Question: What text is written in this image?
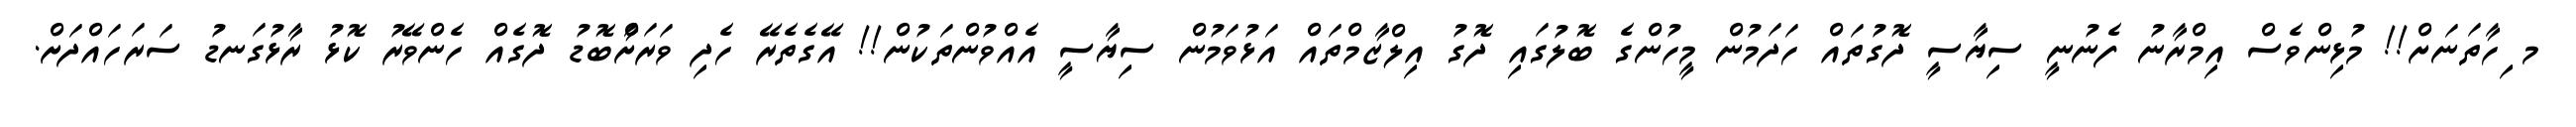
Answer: މ ިހާތަނަށް!! މުޅިންވެސް އިމްރާނު ފެނުނީ ސިޔާސީ ދޮގުތައް ހަދަމުން މީހުންގެ ބޮލުގައި ދޮގު އިލްޒާމްތައް އަޅުވަމުން ސިޔާސީ އެއްވުންތަކުން!! އޭގެތެރޭ ހެދި ވަރަށާްބޮޑު ދޮގެއް ހެންވޭރު ކޮޅު ރާޅުގަނޑު ސަރަހައްދަށް.